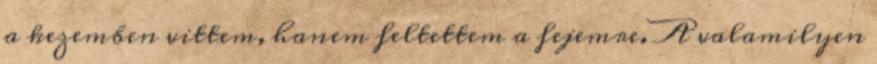
a kezemben vittem, hanem feltettem a fejemre. A valamilyen